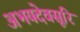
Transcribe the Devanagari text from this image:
अभयदेवसूरि